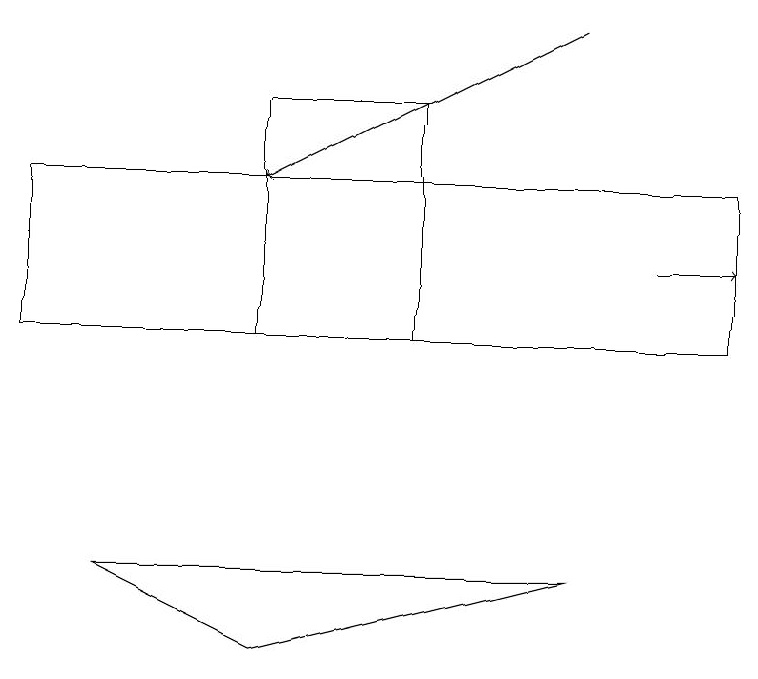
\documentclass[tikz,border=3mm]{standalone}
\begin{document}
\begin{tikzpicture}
\draw (7,9) -- (1,9) -- (3,8) -- cycle;
\draw (3,12) rectangle (5,15);
\draw[->] (7,16) -- (3,14);
\draw[->] (8,13) -- (9,13);
\draw (9,12) rectangle (0,14);
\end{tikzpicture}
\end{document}